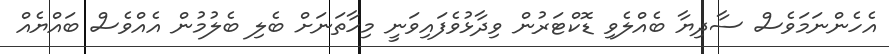
އެހެންނަމަވެސް ސާދިޔާ ބެއްލެވި ޑޮކްޓަރުން ވިދާޅުވެފައިވަނީ މިހާތަނަށް ބެލި ބެލުމުން އެއްވެސް ބައްޔެއް